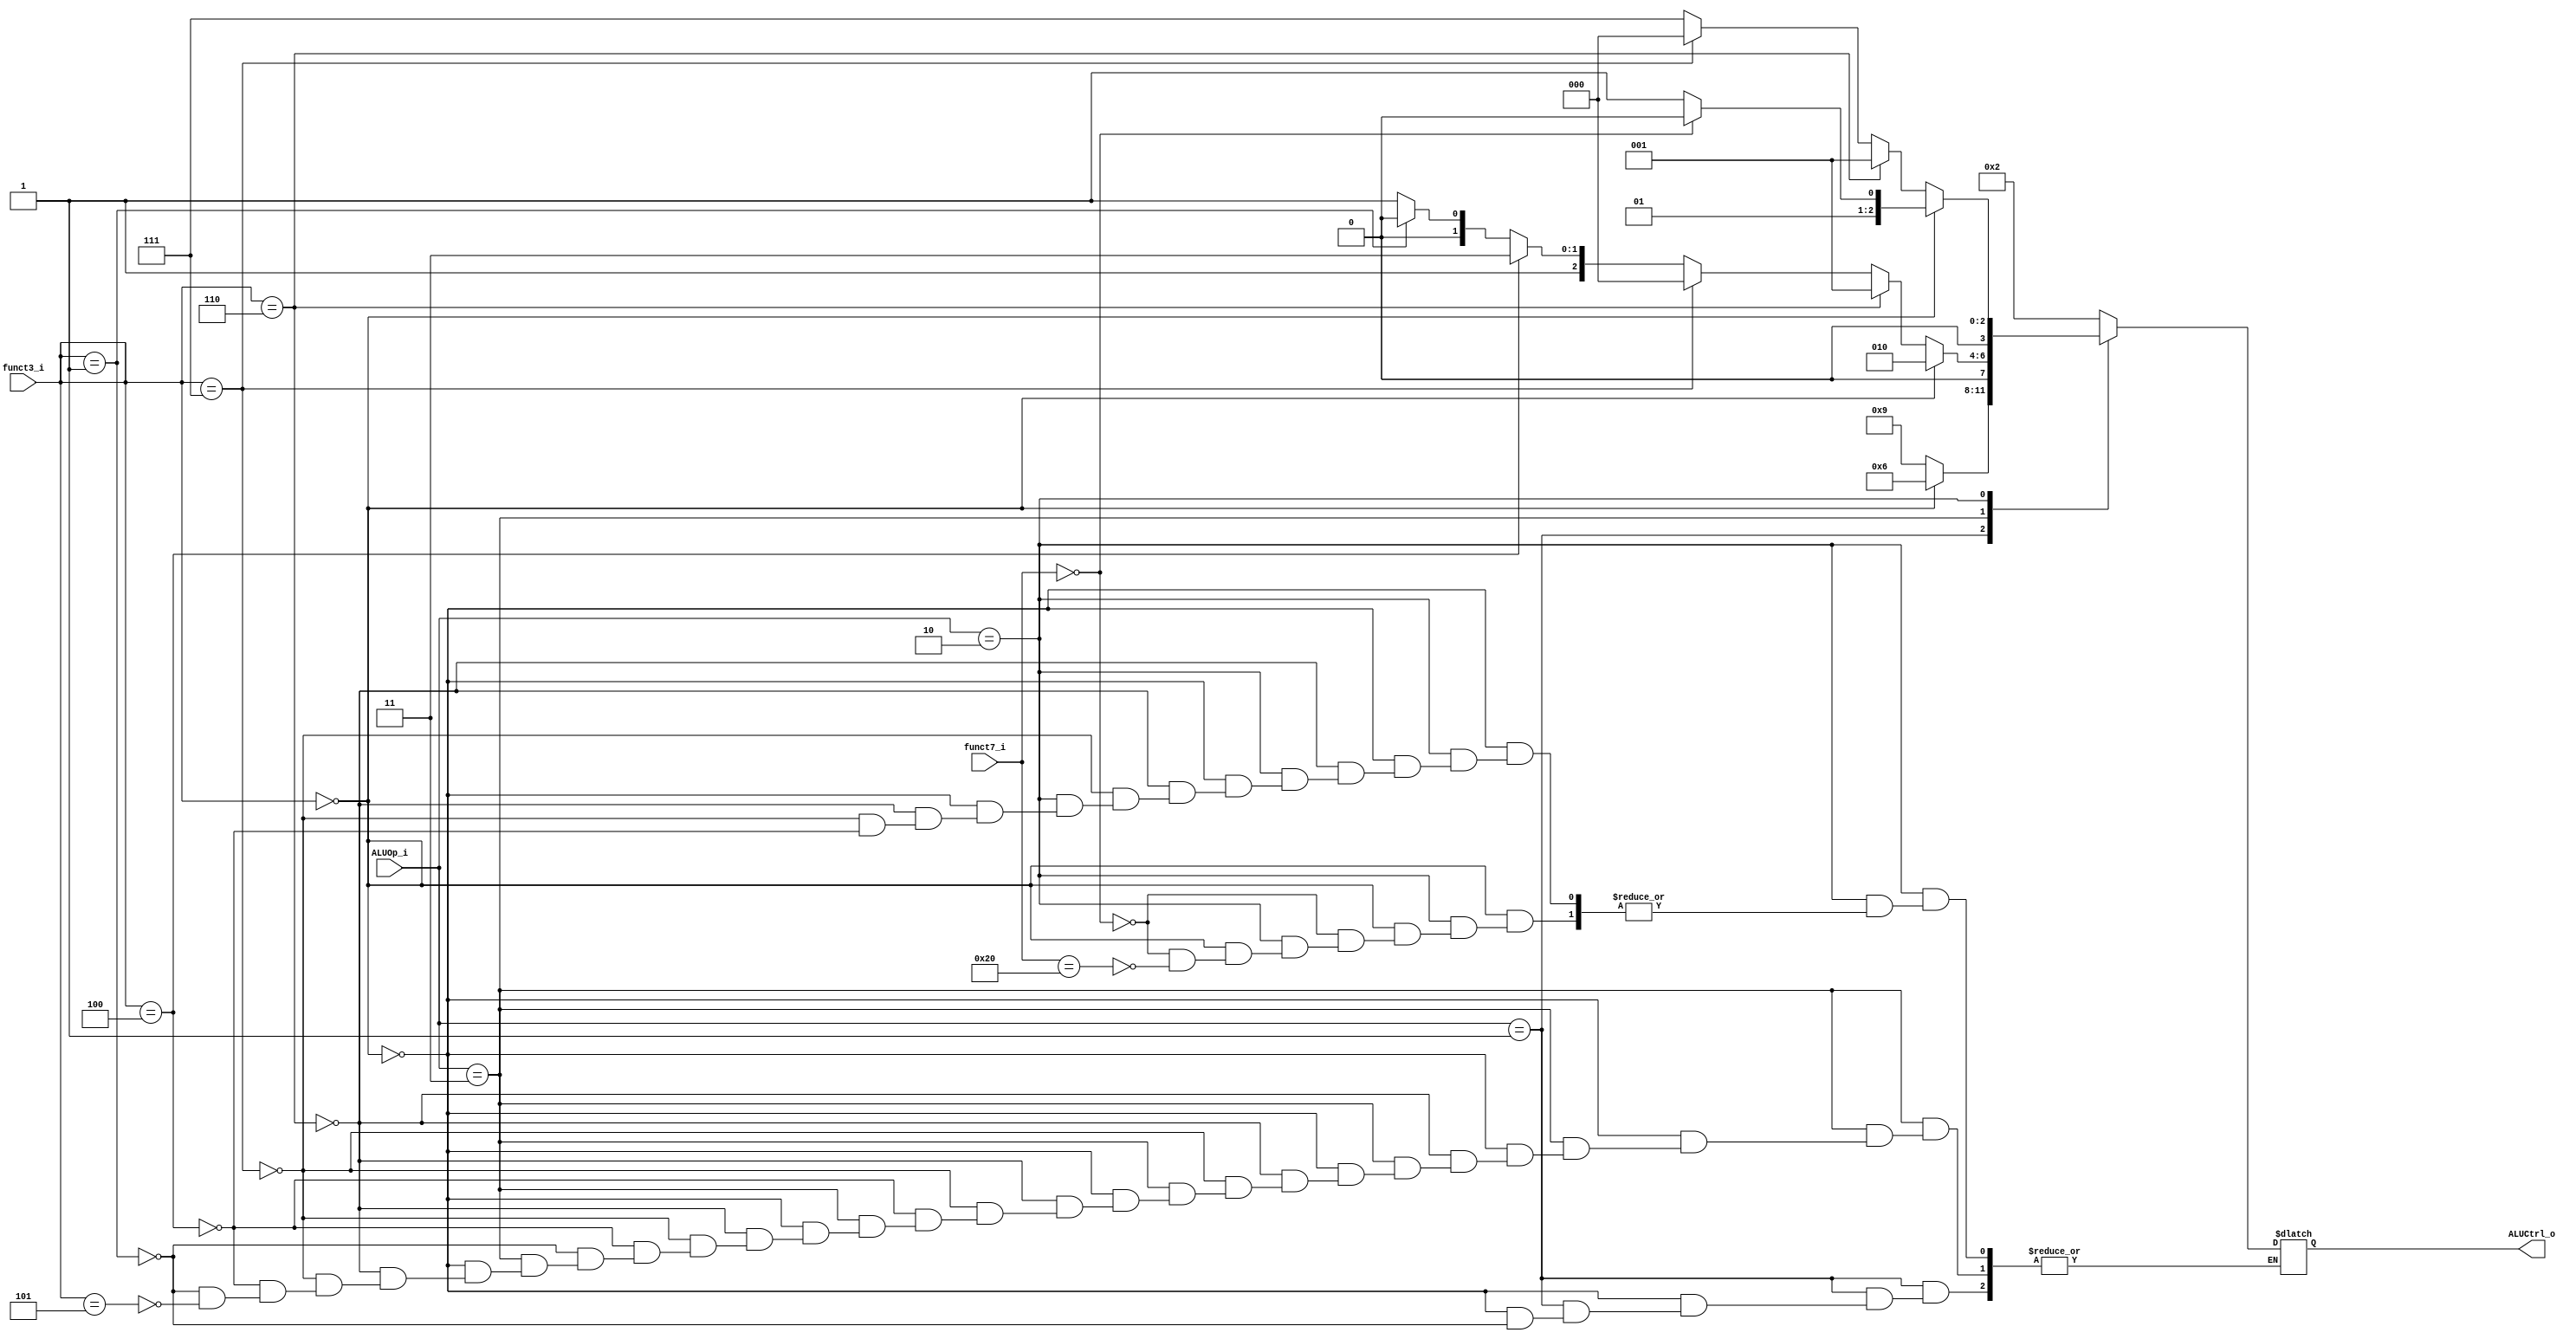
module ALU_Ctrl(
    funct3_i,
	funct7_i,
    ALUOp_i,
    ALUCtrl_o
);
          
//I/O ports
input      [3-1:0] funct3_i;
input      [7-1:0] funct7_i;
input      [2-1:0] ALUOp_i;

output     [4-1:0] ALUCtrl_o;    
     
//Internal Signals
reg        [4-1:0] ALUCtrl_o;

//Select exact operation
always@(*) begin
	case(ALUOp_i)
		2'b00: 
                ALUCtrl_o = 4'b0010; /*	LD & SD	*/
        2'b01: begin 
            if (funct3_i == 3'b000)     
                ALUCtrl_o = 4'b0110; /*	BEQ	*/
            else if (funct3_i == 3'b001)
                ALUCtrl_o = 4'b1001;
        end
		2'b11: begin
            if (funct3_i == 3'b000) 
                ALUCtrl_o = 4'b0010;    /*	ADDI	*/
            else if (funct3_i == 3'b110) 
                ALUCtrl_o = 4'b0001;    /*  ORI	*/
            else if (funct3_i == 3'b111)
                ALUCtrl_o = 4'b0000;    /*	ANDI	*/
            else if (funct3_i == 3'b100)
                ALUCtrl_o = 4'b0111;    /*	XORI	*/
            else if (funct3_i == 3'b001) 
                ALUCtrl_o = 4'b0100;    /*	SLLI	*/
            else if (funct3_i == 3'b101)
                ALUCtrl_o = 4'b0101;    /*	SRLI	*/
        end
		2'b10:begin
				if (funct3_i == 3'b000) begin
				    if (funct7_i == 7'b0000000) 
                        ALUCtrl_o = 4'b0010;    /*	ADD	*/
					else if (funct7_i == 7'b0100000) 
                        ALUCtrl_o = 4'b0011;    /*	SUB	*/
				end
				else if (funct3_i == 3'b110) 
                    ALUCtrl_o = 4'b0001;        /*	OR	*/
				else if (funct3_i == 3'b111) 
                    ALUCtrl_o = 4'b0000;        /*	AND	*/
				else if (funct3_i == 3'b100)     
                    ALUCtrl_o = 4'b0111;        /*	XOR	*/
		end
	endcase
end

endmodule